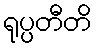
ရုပ္ပတီတိ